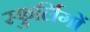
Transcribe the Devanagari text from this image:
स्फुर्लिगों